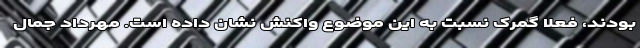
بودند، فعلا گمرک نسبت به این موضوع واکنش نشان داده است. مهرداد جمال